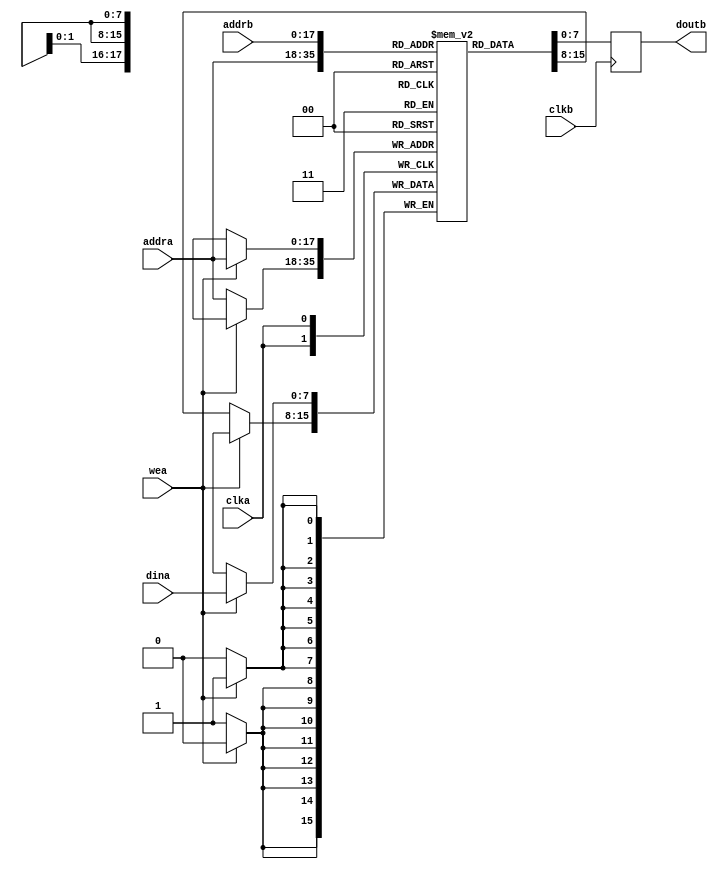
// This program was cloned from: https://github.com/dtysky/FPGA-Imaging-Library
// License: GNU Lesser General Public License v2.1

`timescale 1 ps / 1 ps
module BRam8x512x512(
  clka,
  wea,
  addra,
  dina,
  clkb,
  addrb,
  doutb);
  input clka;
  input [0:0]wea;
  input [17:0]addra;
  input [7:0]dina;
  input clkb;
  input [17:0]addrb;
  output reg [7:0]doutb;

  reg[7 : 0] mem[0 : 2 ** 18 - 1];
  always @(posedge clka) begin
    if(wea)
      mem[addra] <= dina;
    else
      mem[addra] <= mem[addra];
  end

  always @(posedge clkb)
      doutb <= mem[addrb];

endmodule